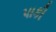
પાકી